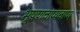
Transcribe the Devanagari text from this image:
भूषणवाप्यवाप्य